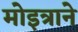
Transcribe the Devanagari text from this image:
मोइत्राने